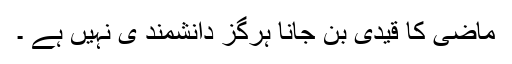
ماضی کا قیدی بن جانا ہرگز دانشمند ی نہیں ہے ۔